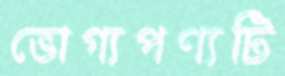
ভোগ্যপণ্যটি